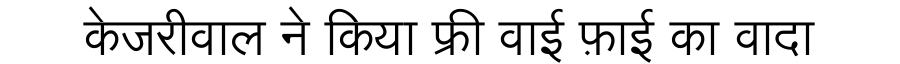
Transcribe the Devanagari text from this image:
केजरीवाल ने किया फ्री वाई फ़ाई का वादा